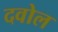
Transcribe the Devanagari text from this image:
दवोल